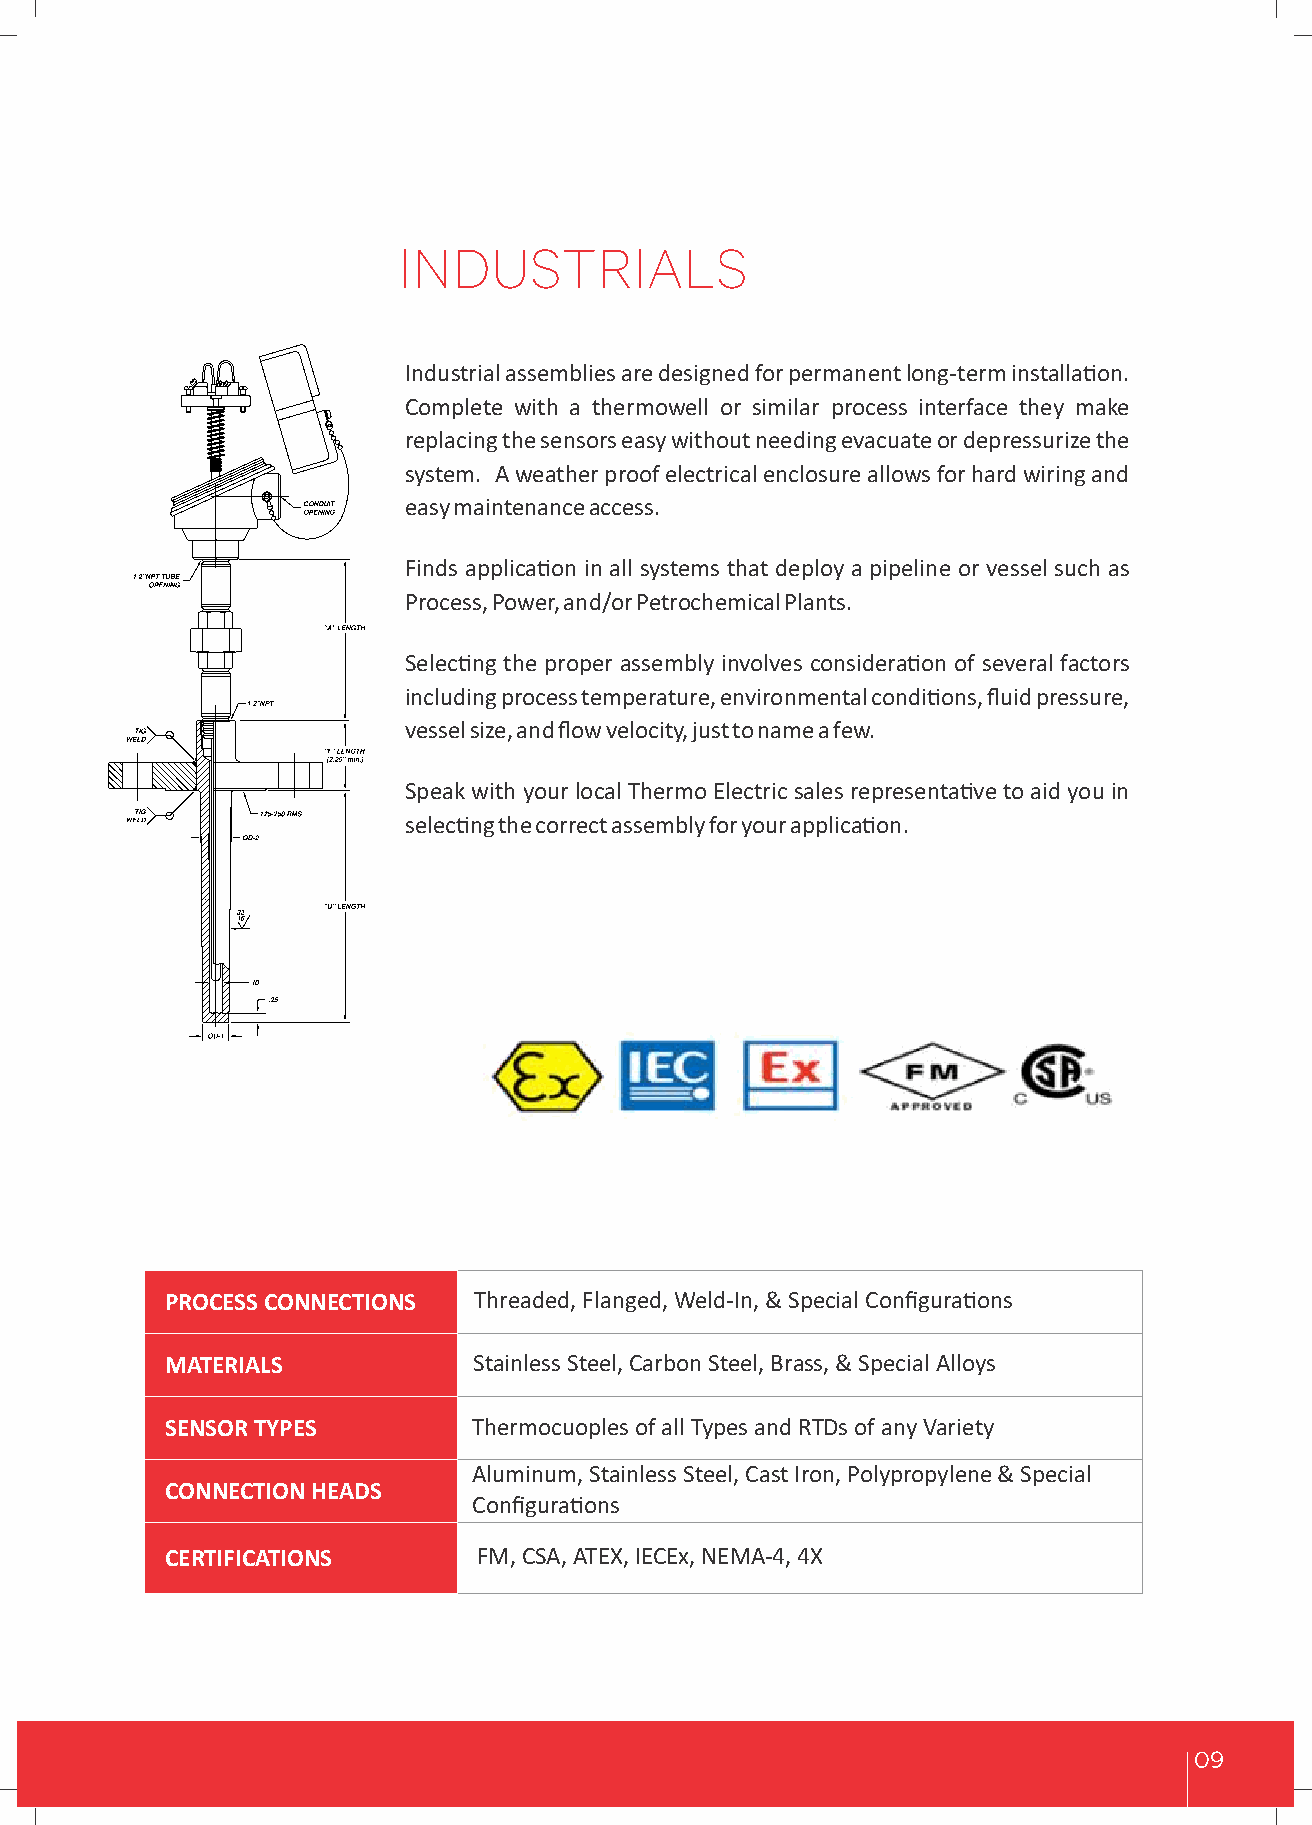
INDUSTRIALS
 Industrial assemblies are designed for permanent long-term installaon.
 Complete with a thermowell or similar process interface they make
 replacing the sensors easy without needing evacuate or depressurize the
 system. A weather proof electrical enclosure allows for hard wiring and
 easy maintenance access.
 Finds applicaon in all systems that deploy a pipeline or vessel such as
 Process, Power, and/or Petrochemical Plants.
 Selecng the proper assembly involves consideraon of several factors
 including process temperature, environmental condions, fluid pressure,
 vessel size, and flow velocity, just to name a few.
 Speak with your local Thermo Electric sales representave to aid you in
 selecng the correct assembly for your applicaon.
 PROCESS CONNECTIONS Threaded, Flanged, Weld-In, & Special Configuraons
 MATERIALS           Stainless Steel, Carbon Steel, Brass, & Special Alloys
 SENSOR TYPES        Thermocuoples of all Types and RTDs of any Variety
 Aluminum, Stainless Steel, Cast Iron, Polypropylene & Special
 CONNECTION HEADS
 Configuraons
 CERTIFICATIONS       FM, CSA, ATEX, IECEx, NEMA-4, 4X
 09